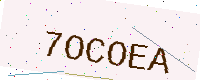
Text: 7OCOEA